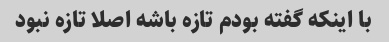
با اینکه گفته بودم تازه باشه اصلا تازه نبود